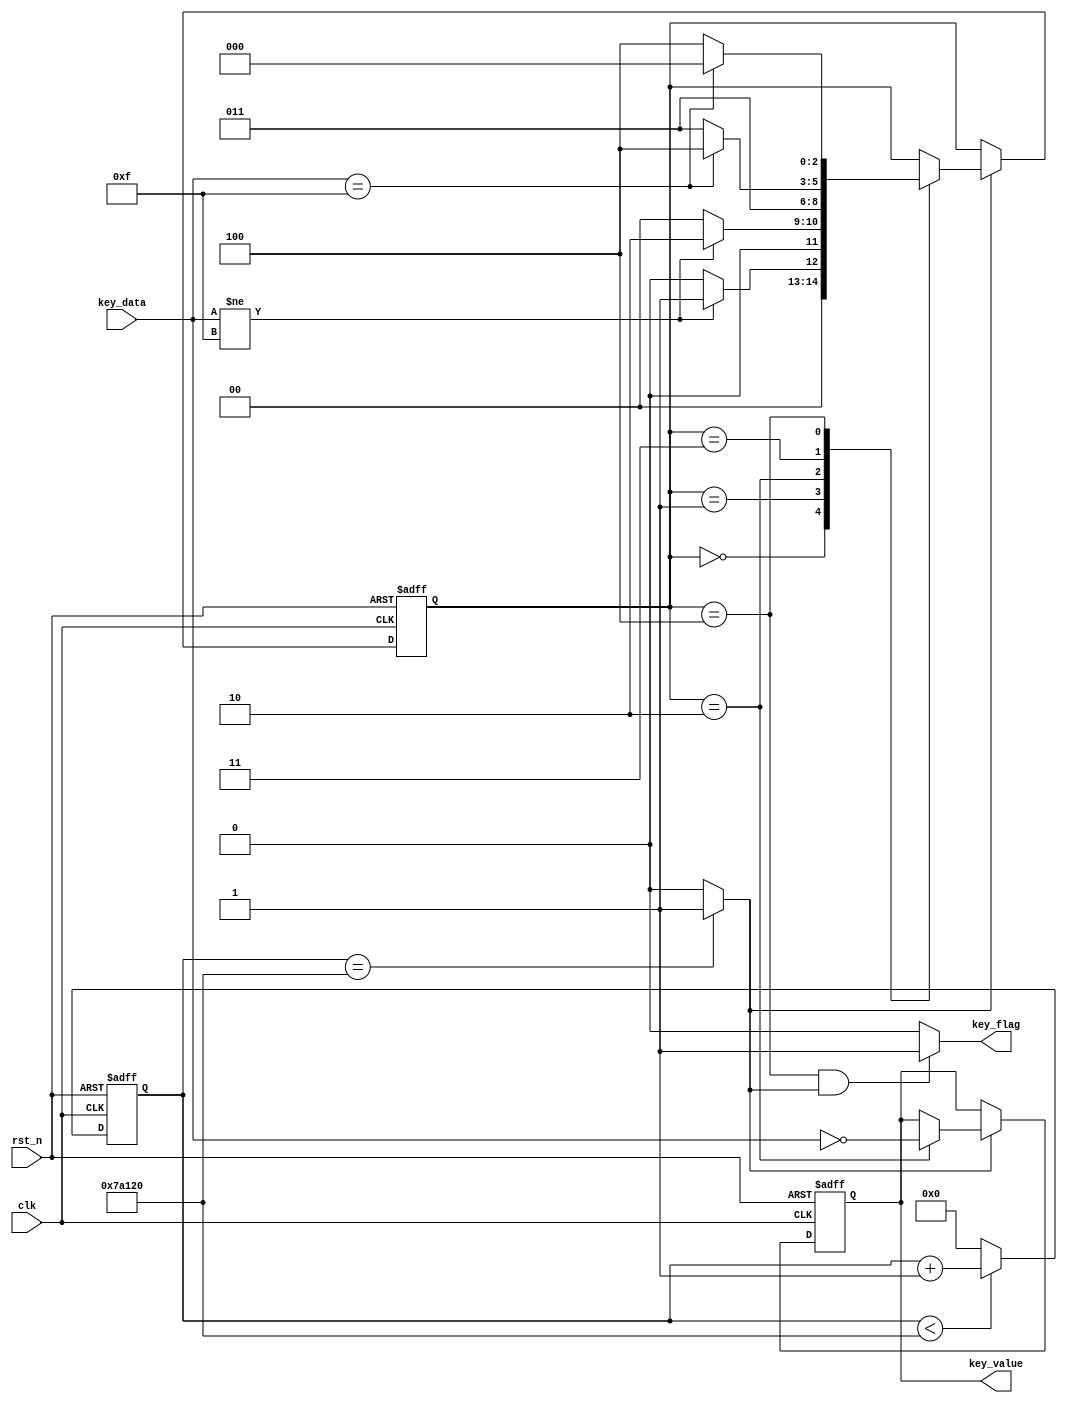
`timescale 1ns/1ns
module key
#(
	parameter	KEY_WIDTH = 4
)
(
	//global clock
	input 							clk,     
	input 							rst_n,
	
	//key interface
	input 		[KEY_WIDTH-1:0] 	key_data,
	
	//user interface
	output 							key_flag,
	output	reg	[KEY_WIDTH-1:0]		key_value	//H Valid
);

//-----------------------------------
//Delay for 20ms
localparam DELAY_TOP = 20'd500_000;
//localparam DELAY_TOP = 20'd1000;		//Just for test
reg	[19:0]	delay_cnt;
always@(posedge clk or negedge rst_n)
begin
	if(!rst_n)
		delay_cnt <= 0;
	else if(delay_cnt < DELAY_TOP)
		delay_cnt <= delay_cnt + 1'b1;
	else
		delay_cnt <= 0;
end
wire	delay_done = (delay_cnt == DELAY_TOP) ? 1'b1 : 1'b0;

//-----------------------------------
//Key scan via jitter detect. 
localparam	SCAN_DETECT1	=	3'd0;	
localparam	SCAN_JITTER1	=	3'd1;
localparam	SCAN_READ		=	3'd2;
localparam	SCAN_DETECT2	=	3'd3;
localparam	SCAN_JITTER2	=	3'd4;
reg	[2:0]	key_state;
always@(posedge clk or negedge rst_n)
begin
	if(!rst_n)
		begin
		key_state <= SCAN_DETECT1;
		key_value <= {KEY_WIDTH{1'b0}};
		end
	else if(delay_done)
		begin
		case(key_state)
		SCAN_DETECT1:	//Detect if there is key down
			begin
			if(key_data != {KEY_WIDTH{1'b1}})
				key_state <= SCAN_JITTER1;
			else
				key_state <= SCAN_DETECT1;
			end
		SCAN_JITTER1:	//Delay 10 ms and detect again
			begin
			if(key_data != {KEY_WIDTH{1'b1}})
				key_state <= SCAN_READ;
			else
				key_state <= SCAN_DETECT1;
			end
		SCAN_READ:		//Save the detect key value
			begin
			key_value <= ~key_data; //lock the key_value
			key_state <= SCAN_DETECT2;
			end
		SCAN_DETECT2:	//Detect if the key is open
			begin
			if(key_data == {KEY_WIDTH{1'b1}})
				key_state <= SCAN_JITTER2;
			else
				key_state <= SCAN_DETECT2;
			end
		SCAN_JITTER2:	//Delay 10ms and detect again
			begin
			if(key_data == {KEY_WIDTH{1'b1}})
				key_state<=SCAN_DETECT1;
			else
				key_state<=SCAN_JITTER2;
			end
		endcase
		end
	else
		begin
		key_state <= key_state;
		key_value <= key_value;
		end
end

//---------------------------------------
//output the capture enable signal
assign key_flag = (key_state == 3'd4 && delay_done == 1'b1) ? 1'b1 : 1'b0;

endmodule